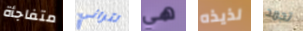
متفاجأة لتراني هي لذيذه تجمد